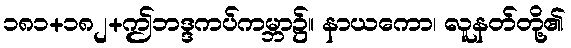
၁၈၁+၁၈၂+ဤဘဒ္ဒကပ်ကမ္ဘာ၌။ နာယကော၊ လူနတ်တို့၏